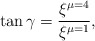
\begin{align*}\tan \gamma = \frac{\xi^{\mu =4}}{\xi^{\mu =1}} ,\end{align*}